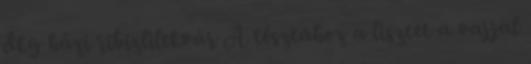
dkg házi ribizlilekvár A tésztához a lisztet a vajjal